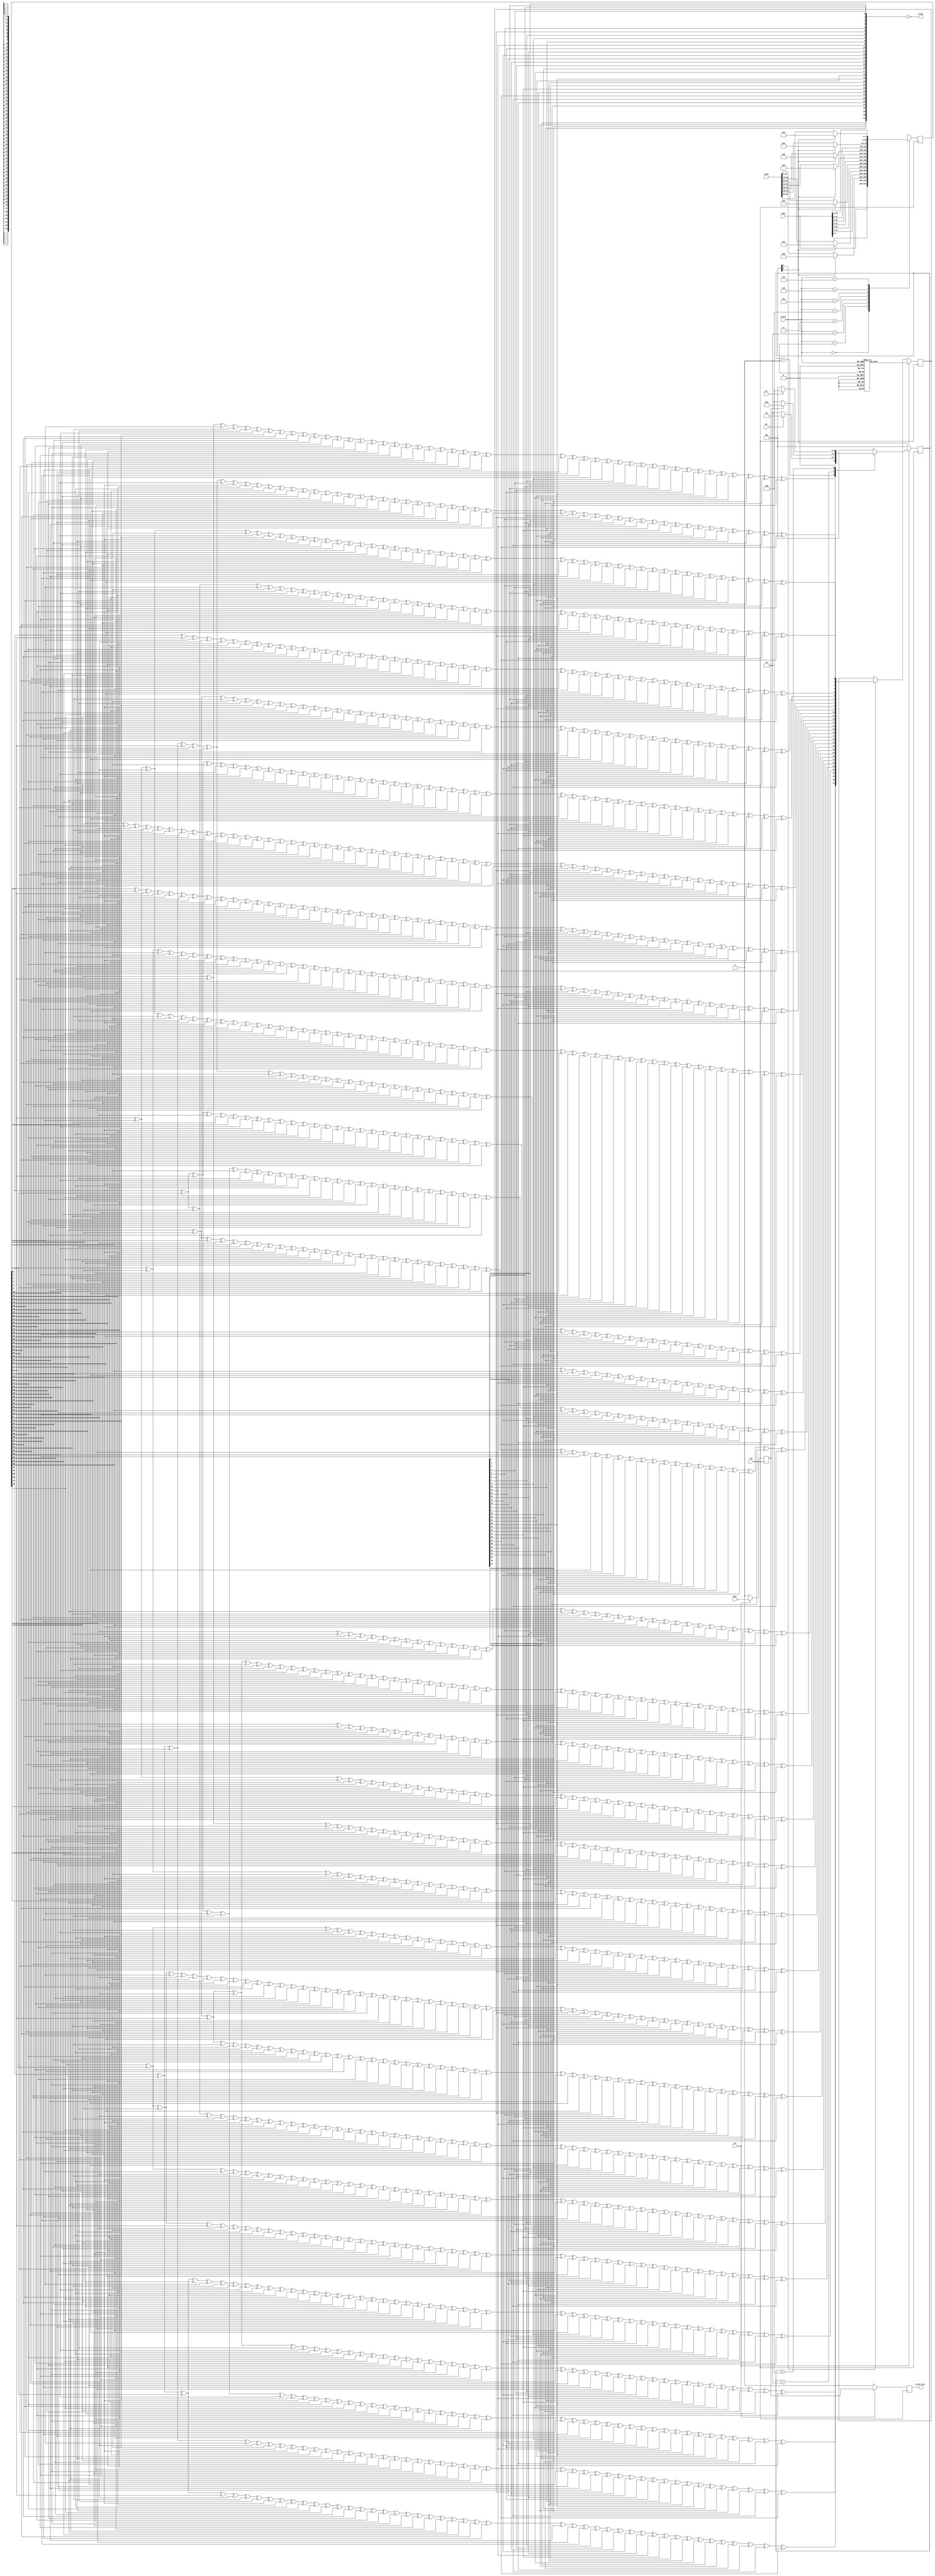
//****************************************************************
// December 6, 2022
//
// Licensed to the Apache Software Foundation (ASF) under one
// or more contributor license agreements.  See the NOTICE file
// distributed with this work for additional information
// regarding copyright ownership.  The ASF licenses this file
// to you under the Apache License, Version 2.0 (the
// "License"); you may not use this file except in compliance
// with the License.  You may obtain a copy of the License at
//
//   http://www.apache.org/licenses/LICENSE-2.0
//
// Unless required by applicable law or agreed to in writing,
// software distributed under the License is distributed on an
// "AS IS" BASIS, WITHOUT WARRANTIES OR CONDITIONS OF ANY
// KIND, either express or implied.  See the License for the
// specific language governing permissions and limitations
// under the License.
//
// Date: N/A
// Project: LMAC 3
// Comments: N/A
//
//********************************
// File history:
//   N/A
//****************************************************************

// synopsys translate_off
`timescale 1ns/1ps
// synopsys translate_on

module tx_mac10g_crc32x64(
   	clk,
   	rst_,
   	
   	clr_,
   	bytes,
   	we_,
   	last_,
   	cdin,
   	pdin,
   	
   	crc32,
   	crc32_vld_
    );
   
    input clk;
    input rst_;
    input clr_;
    input [63:0] cdin;
    input [63:0] pdin;
    input [02:0] bytes;
    input we_;
    input last_;
    output [31:0] crc32;
    output crc32_vld_;
    reg    crc32_vld_;
    reg    [31:0] new_crc;
    wire [63:0] din_int;
    //reg we_int_;
    reg last_int_;
    reg [31:0] init_value;
    reg [63:0] bdin;


    parameter[02:0] 
        IDLE	= 3'h1 ,
        CALC  	= 3'h2 ,
        WAIT1 	= 3'h4 ;
    reg [02:0] state;

    /*
    `define IDLE   1
    `define CALC   2
    `define WAIT1  4
    */
    
    assign din_int[63:0] = {
        bdin[ 0], bdin[ 1], bdin[ 2], bdin[ 3], bdin[ 4], bdin[ 5], bdin[ 6], bdin[ 7],
        bdin[ 8], bdin[ 9], bdin[10], bdin[11], bdin[12], bdin[13], bdin[14], bdin[15], 
        bdin[16], bdin[17], bdin[18], bdin[19], bdin[20], bdin[21], bdin[22], bdin[23],
        bdin[24], bdin[25], bdin[26], bdin[27], bdin[28], bdin[29], bdin[30], bdin[31], 
        bdin[32], bdin[33], bdin[34], bdin[35], bdin[36], bdin[37], bdin[38], bdin[39], 
        bdin[40], bdin[41], bdin[42], bdin[43], bdin[44], bdin[45], bdin[46], bdin[47], 
        bdin[48], bdin[49], bdin[50], bdin[51], bdin[52], bdin[53], bdin[54], bdin[55],
        bdin[56], bdin[57], bdin[58], bdin[59], bdin[60], bdin[61], bdin[62], bdin[63] };
    
    assign crc32 = ~{new_crc[24],new_crc[25],new_crc[26],new_crc[27],new_crc[28],new_crc[29],new_crc[30],new_crc[31],new_crc[16],new_crc[17],new_crc[18],new_crc[19],new_crc[20],new_crc[21],new_crc[22],new_crc[23],new_crc[8],new_crc[9],new_crc[10],new_crc[11],new_crc[12],new_crc[13],new_crc[14],new_crc[15],new_crc[0],new_crc[1],new_crc[2],new_crc[3],new_crc[4],new_crc[5],new_crc[6],new_crc[7]};
    
    always@(bytes) begin
        case(bytes)
            0: init_value = 32'hffffffff;
            1: init_value = 32'h955a6162;
            2: init_value = 32'h68b932f5;
            3: init_value = 32'h339fde2f;
            4: init_value = 32'h46af6449;
            5: init_value = 32'h816474c5;
            6: init_value = 32'h09b93859;
            7: init_value = 32'h9bf1a90f;
        endcase
    end

    always@(posedge clk) begin
        //crc32     <=   crc32_wire;
        new_crc   <=   state[0] ? init_value : (state[1] ? nextCRC32_D64(din_int,new_crc) : new_crc);
        case(bytes)
        0: bdin <=   cdin;
        1: bdin <=   state[0] ? {cdin[7:0], 56'h0} : {cdin[7:0], pdin[63:8]};
        2: bdin <=   state[0] ? {cdin[15:0], 48'h0} : {cdin[15:0], pdin[63:16]};
        3: bdin <=   state[0] ? {cdin[23:0], 40'h0} : {cdin[23:0], pdin[63:24]};
        4: bdin <=   state[0] ? {cdin[31:0], 32'h0} : {cdin[31:0], pdin[63:32]};
        5: bdin <=   state[0] ? {cdin[39:0], 24'h0} : {cdin[39:0], pdin[63:40]};
        6: bdin <=   state[0] ? {cdin[47:0], 16'h0} : {cdin[47:0], pdin[63:48]};
        7: bdin <=   state[0] ? {cdin[55:0], 8'h0}  : {cdin[55:0], pdin[63:56]};
        endcase
    end
    
    always@(posedge clk)
        if(!rst_) begin
            state   <=   IDLE;
            //new_crc <=   ~0; 
            //we_int_ <=   1;
            crc32_vld_<=   1;
            last_int_ <=   1;
        end
        else begin
            //we_int_  <=   we_;
            last_int_ <=   last_;
            crc32_vld_<=   last_int_;
            
            case(state)
            IDLE: 
            begin
                state   <=   we_ ? IDLE : CALC;
            end
            CALC:
            begin
                state   <=   last_int_ ? CALC : WAIT1;
            end
            WAIT1:
            begin
                state   <=   clr_ ? WAIT1 : IDLE;
            end
            default:
            begin
                state <=   IDLE;
            end
            endcase
        end

    function [31:0] nextCRC32_D64;
    
        input [63:0] Data;
        input [31:0] CRC;
    
        reg [63:0] D;
        reg [31:0] C;
        reg [31:0] NewCRC;
    
    begin
    
        D = Data;
        C = CRC;
    
        NewCRC[0] = D[63] ^ D[61] ^ D[60] ^ D[58] ^ D[55] ^ D[54] ^ D[53] ^ 
                    D[50] ^ D[48] ^ D[47] ^ D[45] ^ D[44] ^ D[37] ^ D[34] ^ 
                    D[32] ^ D[31] ^ D[30] ^ D[29] ^ D[28] ^ D[26] ^ D[25] ^ 
                    D[24] ^ D[16] ^ D[12] ^ D[10] ^ D[9] ^ D[6] ^ D[0] ^ 
                    C[0] ^ C[2] ^ C[5] ^ C[12] ^ C[13] ^ C[15] ^ C[16] ^ 
                    C[18] ^ C[21] ^ C[22] ^ C[23] ^ C[26] ^ C[28] ^ C[29] ^ 
                    C[31];
        NewCRC[1] = D[63] ^ D[62] ^ D[60] ^ D[59] ^ D[58] ^ D[56] ^ D[53] ^ 
                    D[51] ^ D[50] ^ D[49] ^ D[47] ^ D[46] ^ D[44] ^ D[38] ^ 
                    D[37] ^ D[35] ^ D[34] ^ D[33] ^ D[28] ^ D[27] ^ D[24] ^ 
                    D[17] ^ D[16] ^ D[13] ^ D[12] ^ D[11] ^ D[9] ^ D[7] ^ 
                    D[6] ^ D[1] ^ D[0] ^ C[1] ^ C[2] ^ C[3] ^ C[5] ^ C[6] ^ 
                    C[12] ^ C[14] ^ C[15] ^ C[17] ^ C[18] ^ C[19] ^ C[21] ^ 
                    C[24] ^ C[26] ^ C[27] ^ C[28] ^ C[30] ^ C[31];
        NewCRC[2] = D[59] ^ D[58] ^ D[57] ^ D[55] ^ D[53] ^ D[52] ^ D[51] ^ 
                    D[44] ^ D[39] ^ D[38] ^ D[37] ^ D[36] ^ D[35] ^ D[32] ^ 
                    D[31] ^ D[30] ^ D[26] ^ D[24] ^ D[18] ^ D[17] ^ D[16] ^ 
                    D[14] ^ D[13] ^ D[9] ^ D[8] ^ D[7] ^ D[6] ^ D[2] ^ 
                    D[1] ^ D[0] ^ C[0] ^ C[3] ^ C[4] ^ C[5] ^ C[6] ^ C[7] ^ 
                    C[12] ^ C[19] ^ C[20] ^ C[21] ^ C[23] ^ C[25] ^ C[26] ^ 
                    C[27];
        NewCRC[3] = D[60] ^ D[59] ^ D[58] ^ D[56] ^ D[54] ^ D[53] ^ D[52] ^ 
                    D[45] ^ D[40] ^ D[39] ^ D[38] ^ D[37] ^ D[36] ^ D[33] ^ 
                    D[32] ^ D[31] ^ D[27] ^ D[25] ^ D[19] ^ D[18] ^ D[17] ^ 
                    D[15] ^ D[14] ^ D[10] ^ D[9] ^ D[8] ^ D[7] ^ D[3] ^ 
                    D[2] ^ D[1] ^ C[0] ^ C[1] ^ C[4] ^ C[5] ^ C[6] ^ C[7] ^ 
                    C[8] ^ C[13] ^ C[20] ^ C[21] ^ C[22] ^ C[24] ^ C[26] ^ 
                    C[27] ^ C[28];
        NewCRC[4] = D[63] ^ D[59] ^ D[58] ^ D[57] ^ D[50] ^ D[48] ^ D[47] ^ 
                    D[46] ^ D[45] ^ D[44] ^ D[41] ^ D[40] ^ D[39] ^ D[38] ^ 
                    D[33] ^ D[31] ^ D[30] ^ D[29] ^ D[25] ^ D[24] ^ D[20] ^ 
                    D[19] ^ D[18] ^ D[15] ^ D[12] ^ D[11] ^ D[8] ^ D[6] ^ 
                    D[4] ^ D[3] ^ D[2] ^ D[0] ^ C[1] ^ C[6] ^ C[7] ^ C[8] ^ 
                    C[9] ^ C[12] ^ C[13] ^ C[14] ^ C[15] ^ C[16] ^ C[18] ^ 
                    C[25] ^ C[26] ^ C[27] ^ C[31];
        NewCRC[5] = D[63] ^ D[61] ^ D[59] ^ D[55] ^ D[54] ^ D[53] ^ D[51] ^ 
                    D[50] ^ D[49] ^ D[46] ^ D[44] ^ D[42] ^ D[41] ^ D[40] ^ 
                    D[39] ^ D[37] ^ D[29] ^ D[28] ^ D[24] ^ D[21] ^ D[20] ^ 
                    D[19] ^ D[13] ^ D[10] ^ D[7] ^ D[6] ^ D[5] ^ D[4] ^ 
                    D[3] ^ D[1] ^ D[0] ^ C[5] ^ C[7] ^ C[8] ^ C[9] ^ C[10] ^ 
                    C[12] ^ C[14] ^ C[17] ^ C[18] ^ C[19] ^ C[21] ^ C[22] ^ 
                    C[23] ^ C[27] ^ C[29] ^ C[31];
        NewCRC[6] = D[62] ^ D[60] ^ D[56] ^ D[55] ^ D[54] ^ D[52] ^ D[51] ^ 
                    D[50] ^ D[47] ^ D[45] ^ D[43] ^ D[42] ^ D[41] ^ D[40] ^ 
                    D[38] ^ D[30] ^ D[29] ^ D[25] ^ D[22] ^ D[21] ^ D[20] ^ 
                    D[14] ^ D[11] ^ D[8] ^ D[7] ^ D[6] ^ D[5] ^ D[4] ^ 
                    D[2] ^ D[1] ^ C[6] ^ C[8] ^ C[9] ^ C[10] ^ C[11] ^ 
                    C[13] ^ C[15] ^ C[18] ^ C[19] ^ C[20] ^ C[22] ^ C[23] ^ 
                    C[24] ^ C[28] ^ C[30];
        NewCRC[7] = D[60] ^ D[58] ^ D[57] ^ D[56] ^ D[54] ^ D[52] ^ D[51] ^ 
                    D[50] ^ D[47] ^ D[46] ^ D[45] ^ D[43] ^ D[42] ^ D[41] ^ 
                    D[39] ^ D[37] ^ D[34] ^ D[32] ^ D[29] ^ D[28] ^ D[25] ^ 
                    D[24] ^ D[23] ^ D[22] ^ D[21] ^ D[16] ^ D[15] ^ D[10] ^ 
                    D[8] ^ D[7] ^ D[5] ^ D[3] ^ D[2] ^ D[0] ^ C[0] ^ C[2] ^ 
                    C[5] ^ C[7] ^ C[9] ^ C[10] ^ C[11] ^ C[13] ^ C[14] ^ 
                    C[15] ^ C[18] ^ C[19] ^ C[20] ^ C[22] ^ C[24] ^ C[25] ^ 
                    C[26] ^ C[28];
        NewCRC[8] = D[63] ^ D[60] ^ D[59] ^ D[57] ^ D[54] ^ D[52] ^ D[51] ^ 
                    D[50] ^ D[46] ^ D[45] ^ D[43] ^ D[42] ^ D[40] ^ D[38] ^ 
                    D[37] ^ D[35] ^ D[34] ^ D[33] ^ D[32] ^ D[31] ^ D[28] ^ 
                    D[23] ^ D[22] ^ D[17] ^ D[12] ^ D[11] ^ D[10] ^ D[8] ^ 
                    D[4] ^ D[3] ^ D[1] ^ D[0] ^ C[0] ^ C[1] ^ C[2] ^ C[3] ^ 
                    C[5] ^ C[6] ^ C[8] ^ C[10] ^ C[11] ^ C[13] ^ C[14] ^ 
                    C[18] ^ C[19] ^ C[20] ^ C[22] ^ C[25] ^ C[27] ^ C[28] ^ 
                    C[31];
        NewCRC[9] = D[61] ^ D[60] ^ D[58] ^ D[55] ^ D[53] ^ D[52] ^ D[51] ^ 
                    D[47] ^ D[46] ^ D[44] ^ D[43] ^ D[41] ^ D[39] ^ D[38] ^ 
                    D[36] ^ D[35] ^ D[34] ^ D[33] ^ D[32] ^ D[29] ^ D[24] ^ 
                    D[23] ^ D[18] ^ D[13] ^ D[12] ^ D[11] ^ D[9] ^ D[5] ^ 
                    D[4] ^ D[2] ^ D[1] ^ C[0] ^ C[1] ^ C[2] ^ C[3] ^ C[4] ^ 
                    C[6] ^ C[7] ^ C[9] ^ C[11] ^ C[12] ^ C[14] ^ C[15] ^ 
                    C[19] ^ C[20] ^ C[21] ^ C[23] ^ C[26] ^ C[28] ^ C[29];
        NewCRC[10] = D[63] ^ D[62] ^ D[60] ^ D[59] ^ D[58] ^ D[56] ^ D[55] ^ 
                    D[52] ^ D[50] ^ D[42] ^ D[40] ^ D[39] ^ D[36] ^ D[35] ^ 
                    D[33] ^ D[32] ^ D[31] ^ D[29] ^ D[28] ^ D[26] ^ D[19] ^ 
                    D[16] ^ D[14] ^ D[13] ^ D[9] ^ D[5] ^ D[3] ^ D[2] ^ 
                    D[0] ^ C[0] ^ C[1] ^ C[3] ^ C[4] ^ C[7] ^ C[8] ^ C[10] ^ 
                    C[18] ^ C[20] ^ C[23] ^ C[24] ^ C[26] ^ C[27] ^ C[28] ^ 
                    C[30] ^ C[31];
        NewCRC[11] = D[59] ^ D[58] ^ D[57] ^ D[56] ^ D[55] ^ D[54] ^ D[51] ^ 
                    D[50] ^ D[48] ^ D[47] ^ D[45] ^ D[44] ^ D[43] ^ D[41] ^ 
                    D[40] ^ D[36] ^ D[33] ^ D[31] ^ D[28] ^ D[27] ^ D[26] ^ 
                    D[25] ^ D[24] ^ D[20] ^ D[17] ^ D[16] ^ D[15] ^ D[14] ^ 
                    D[12] ^ D[9] ^ D[4] ^ D[3] ^ D[1] ^ D[0] ^ C[1] ^ C[4] ^ 
                    C[8] ^ C[9] ^ C[11] ^ C[12] ^ C[13] ^ C[15] ^ C[16] ^ 
                    C[18] ^ C[19] ^ C[22] ^ C[23] ^ C[24] ^ C[25] ^ C[26] ^ 
                    C[27];
        NewCRC[12] = D[63] ^ D[61] ^ D[59] ^ D[57] ^ D[56] ^ D[54] ^ D[53] ^ 
                    D[52] ^ D[51] ^ D[50] ^ D[49] ^ D[47] ^ D[46] ^ D[42] ^ 
                    D[41] ^ D[31] ^ D[30] ^ D[27] ^ D[24] ^ D[21] ^ D[18] ^ 
                    D[17] ^ D[15] ^ D[13] ^ D[12] ^ D[9] ^ D[6] ^ D[5] ^ 
                    D[4] ^ D[2] ^ D[1] ^ D[0] ^ C[9] ^ C[10] ^ C[14] ^ 
                    C[15] ^ C[17] ^ C[18] ^ C[19] ^ C[20] ^ C[21] ^ C[22] ^ 
                    C[24] ^ C[25] ^ C[27] ^ C[29] ^ C[31];
        NewCRC[13] = D[62] ^ D[60] ^ D[58] ^ D[57] ^ D[55] ^ D[54] ^ D[53] ^ 
                    D[52] ^ D[51] ^ D[50] ^ D[48] ^ D[47] ^ D[43] ^ D[42] ^ 
                    D[32] ^ D[31] ^ D[28] ^ D[25] ^ D[22] ^ D[19] ^ D[18] ^ 
                    D[16] ^ D[14] ^ D[13] ^ D[10] ^ D[7] ^ D[6] ^ D[5] ^ 
                    D[3] ^ D[2] ^ D[1] ^ C[0] ^ C[10] ^ C[11] ^ C[15] ^ 
                    C[16] ^ C[18] ^ C[19] ^ C[20] ^ C[21] ^ C[22] ^ C[23] ^ 
                    C[25] ^ C[26] ^ C[28] ^ C[30];
        NewCRC[14] = D[63] ^ D[61] ^ D[59] ^ D[58] ^ D[56] ^ D[55] ^ D[54] ^ 
                    D[53] ^ D[52] ^ D[51] ^ D[49] ^ D[48] ^ D[44] ^ D[43] ^ 
                    D[33] ^ D[32] ^ D[29] ^ D[26] ^ D[23] ^ D[20] ^ D[19] ^ 
                    D[17] ^ D[15] ^ D[14] ^ D[11] ^ D[8] ^ D[7] ^ D[6] ^ 
                    D[4] ^ D[3] ^ D[2] ^ C[0] ^ C[1] ^ C[11] ^ C[12] ^ 
                    C[16] ^ C[17] ^ C[19] ^ C[20] ^ C[21] ^ C[22] ^ C[23] ^ 
                    C[24] ^ C[26] ^ C[27] ^ C[29] ^ C[31];
        NewCRC[15] = D[62] ^ D[60] ^ D[59] ^ D[57] ^ D[56] ^ D[55] ^ D[54] ^ 
                    D[53] ^ D[52] ^ D[50] ^ D[49] ^ D[45] ^ D[44] ^ D[34] ^ 
                    D[33] ^ D[30] ^ D[27] ^ D[24] ^ D[21] ^ D[20] ^ D[18] ^ 
                    D[16] ^ D[15] ^ D[12] ^ D[9] ^ D[8] ^ D[7] ^ D[5] ^ 
                    D[4] ^ D[3] ^ C[1] ^ C[2] ^ C[12] ^ C[13] ^ C[17] ^ 
                    C[18] ^ C[20] ^ C[21] ^ C[22] ^ C[23] ^ C[24] ^ C[25] ^ 
                    C[27] ^ C[28] ^ C[30];
        NewCRC[16] = D[57] ^ D[56] ^ D[51] ^ D[48] ^ D[47] ^ D[46] ^ D[44] ^ 
                    D[37] ^ D[35] ^ D[32] ^ D[30] ^ D[29] ^ D[26] ^ D[24] ^ 
                    D[22] ^ D[21] ^ D[19] ^ D[17] ^ D[13] ^ D[12] ^ D[8] ^ 
                    D[5] ^ D[4] ^ D[0] ^ C[0] ^ C[3] ^ C[5] ^ C[12] ^ C[14] ^ 
                    C[15] ^ C[16] ^ C[19] ^ C[24] ^ C[25];
        NewCRC[17] = D[58] ^ D[57] ^ D[52] ^ D[49] ^ D[48] ^ D[47] ^ D[45] ^ 
                    D[38] ^ D[36] ^ D[33] ^ D[31] ^ D[30] ^ D[27] ^ D[25] ^ 
                    D[23] ^ D[22] ^ D[20] ^ D[18] ^ D[14] ^ D[13] ^ D[9] ^ 
                    D[6] ^ D[5] ^ D[1] ^ C[1] ^ C[4] ^ C[6] ^ C[13] ^ C[15] ^ 
                    C[16] ^ C[17] ^ C[20] ^ C[25] ^ C[26];
        NewCRC[18] = D[59] ^ D[58] ^ D[53] ^ D[50] ^ D[49] ^ D[48] ^ D[46] ^ 
                    D[39] ^ D[37] ^ D[34] ^ D[32] ^ D[31] ^ D[28] ^ D[26] ^ 
                    D[24] ^ D[23] ^ D[21] ^ D[19] ^ D[15] ^ D[14] ^ D[10] ^ 
                    D[7] ^ D[6] ^ D[2] ^ C[0] ^ C[2] ^ C[5] ^ C[7] ^ C[14] ^ 
                    C[16] ^ C[17] ^ C[18] ^ C[21] ^ C[26] ^ C[27];
        NewCRC[19] = D[60] ^ D[59] ^ D[54] ^ D[51] ^ D[50] ^ D[49] ^ D[47] ^ 
                    D[40] ^ D[38] ^ D[35] ^ D[33] ^ D[32] ^ D[29] ^ D[27] ^ 
                    D[25] ^ D[24] ^ D[22] ^ D[20] ^ D[16] ^ D[15] ^ D[11] ^ 
                    D[8] ^ D[7] ^ D[3] ^ C[0] ^ C[1] ^ C[3] ^ C[6] ^ C[8] ^ 
                    C[15] ^ C[17] ^ C[18] ^ C[19] ^ C[22] ^ C[27] ^ C[28];
        NewCRC[20] = D[61] ^ D[60] ^ D[55] ^ D[52] ^ D[51] ^ D[50] ^ D[48] ^ 
                    D[41] ^ D[39] ^ D[36] ^ D[34] ^ D[33] ^ D[30] ^ D[28] ^ 
                    D[26] ^ D[25] ^ D[23] ^ D[21] ^ D[17] ^ D[16] ^ D[12] ^ 
                    D[9] ^ D[8] ^ D[4] ^ C[1] ^ C[2] ^ C[4] ^ C[7] ^ C[9] ^ 
                    C[16] ^ C[18] ^ C[19] ^ C[20] ^ C[23] ^ C[28] ^ C[29];
        NewCRC[21] = D[62] ^ D[61] ^ D[56] ^ D[53] ^ D[52] ^ D[51] ^ D[49] ^ 
                    D[42] ^ D[40] ^ D[37] ^ D[35] ^ D[34] ^ D[31] ^ D[29] ^ 
                    D[27] ^ D[26] ^ D[24] ^ D[22] ^ D[18] ^ D[17] ^ D[13] ^ 
                    D[10] ^ D[9] ^ D[5] ^ C[2] ^ C[3] ^ C[5] ^ C[8] ^ C[10] ^ 
                    C[17] ^ C[19] ^ C[20] ^ C[21] ^ C[24] ^ C[29] ^ C[30];
        NewCRC[22] = D[62] ^ D[61] ^ D[60] ^ D[58] ^ D[57] ^ D[55] ^ D[52] ^ 
                    D[48] ^ D[47] ^ D[45] ^ D[44] ^ D[43] ^ D[41] ^ D[38] ^ 
                    D[37] ^ D[36] ^ D[35] ^ D[34] ^ D[31] ^ D[29] ^ D[27] ^ 
                    D[26] ^ D[24] ^ D[23] ^ D[19] ^ D[18] ^ D[16] ^ D[14] ^ 
                    D[12] ^ D[11] ^ D[9] ^ D[0] ^ C[2] ^ C[3] ^ C[4] ^ 
                    C[5] ^ C[6] ^ C[9] ^ C[11] ^ C[12] ^ C[13] ^ C[15] ^ 
                    C[16] ^ C[20] ^ C[23] ^ C[25] ^ C[26] ^ C[28] ^ C[29] ^ 
                    C[30];
        NewCRC[23] = D[62] ^ D[60] ^ D[59] ^ D[56] ^ D[55] ^ D[54] ^ D[50] ^ 
                    D[49] ^ D[47] ^ D[46] ^ D[42] ^ D[39] ^ D[38] ^ D[36] ^ 
                    D[35] ^ D[34] ^ D[31] ^ D[29] ^ D[27] ^ D[26] ^ D[20] ^ 
                    D[19] ^ D[17] ^ D[16] ^ D[15] ^ D[13] ^ D[9] ^ D[6] ^ 
                    D[1] ^ D[0] ^ C[2] ^ C[3] ^ C[4] ^ C[6] ^ C[7] ^ C[10] ^ 
                    C[14] ^ C[15] ^ C[17] ^ C[18] ^ C[22] ^ C[23] ^ C[24] ^ 
                    C[27] ^ C[28] ^ C[30];
        NewCRC[24] = D[63] ^ D[61] ^ D[60] ^ D[57] ^ D[56] ^ D[55] ^ D[51] ^ 
                    D[50] ^ D[48] ^ D[47] ^ D[43] ^ D[40] ^ D[39] ^ D[37] ^ 
                    D[36] ^ D[35] ^ D[32] ^ D[30] ^ D[28] ^ D[27] ^ D[21] ^ 
                    D[20] ^ D[18] ^ D[17] ^ D[16] ^ D[14] ^ D[10] ^ D[7] ^ 
                    D[2] ^ D[1] ^ C[0] ^ C[3] ^ C[4] ^ C[5] ^ C[7] ^ C[8] ^ 
                    C[11] ^ C[15] ^ C[16] ^ C[18] ^ C[19] ^ C[23] ^ C[24] ^ 
                    C[25] ^ C[28] ^ C[29] ^ C[31];
        NewCRC[25] = D[62] ^ D[61] ^ D[58] ^ D[57] ^ D[56] ^ D[52] ^ D[51] ^ 
                    D[49] ^ D[48] ^ D[44] ^ D[41] ^ D[40] ^ D[38] ^ D[37] ^ 
                    D[36] ^ D[33] ^ D[31] ^ D[29] ^ D[28] ^ D[22] ^ D[21] ^ 
                    D[19] ^ D[18] ^ D[17] ^ D[15] ^ D[11] ^ D[8] ^ D[3] ^ 
                    D[2] ^ C[1] ^ C[4] ^ C[5] ^ C[6] ^ C[8] ^ C[9] ^ C[12] ^ 
                    C[16] ^ C[17] ^ C[19] ^ C[20] ^ C[24] ^ C[25] ^ C[26] ^ 
                    C[29] ^ C[30];
        NewCRC[26] = D[62] ^ D[61] ^ D[60] ^ D[59] ^ D[57] ^ D[55] ^ D[54] ^ 
                    D[52] ^ D[49] ^ D[48] ^ D[47] ^ D[44] ^ D[42] ^ D[41] ^ 
                    D[39] ^ D[38] ^ D[31] ^ D[28] ^ D[26] ^ D[25] ^ D[24] ^ 
                    D[23] ^ D[22] ^ D[20] ^ D[19] ^ D[18] ^ D[10] ^ D[6] ^ 
                    D[4] ^ D[3] ^ D[0] ^ C[6] ^ C[7] ^ C[9] ^ C[10] ^ C[12] ^ 
                    C[15] ^ C[16] ^ C[17] ^ C[20] ^ C[22] ^ C[23] ^ C[25] ^ 
                    C[27] ^ C[28] ^ C[29] ^ C[30];
        NewCRC[27] = D[63] ^ D[62] ^ D[61] ^ D[60] ^ D[58] ^ D[56] ^ D[55] ^ 
                    D[53] ^ D[50] ^ D[49] ^ D[48] ^ D[45] ^ D[43] ^ D[42] ^ 
                    D[40] ^ D[39] ^ D[32] ^ D[29] ^ D[27] ^ D[26] ^ D[25] ^ 
                    D[24] ^ D[23] ^ D[21] ^ D[20] ^ D[19] ^ D[11] ^ D[7] ^ 
                    D[5] ^ D[4] ^ D[1] ^ C[0] ^ C[7] ^ C[8] ^ C[10] ^ C[11] ^ 
                    C[13] ^ C[16] ^ C[17] ^ C[18] ^ C[21] ^ C[23] ^ C[24] ^ 
                    C[26] ^ C[28] ^ C[29] ^ C[30] ^ C[31];
        NewCRC[28] = D[63] ^ D[62] ^ D[61] ^ D[59] ^ D[57] ^ D[56] ^ D[54] ^ 
                    D[51] ^ D[50] ^ D[49] ^ D[46] ^ D[44] ^ D[43] ^ D[41] ^ 
                    D[40] ^ D[33] ^ D[30] ^ D[28] ^ D[27] ^ D[26] ^ D[25] ^ 
                    D[24] ^ D[22] ^ D[21] ^ D[20] ^ D[12] ^ D[8] ^ D[6] ^ 
                    D[5] ^ D[2] ^ C[1] ^ C[8] ^ C[9] ^ C[11] ^ C[12] ^ 
                    C[14] ^ C[17] ^ C[18] ^ C[19] ^ C[22] ^ C[24] ^ C[25] ^ 
                    C[27] ^ C[29] ^ C[30] ^ C[31];
        NewCRC[29] = D[63] ^ D[62] ^ D[60] ^ D[58] ^ D[57] ^ D[55] ^ D[52] ^ 
                    D[51] ^ D[50] ^ D[47] ^ D[45] ^ D[44] ^ D[42] ^ D[41] ^ 
                    D[34] ^ D[31] ^ D[29] ^ D[28] ^ D[27] ^ D[26] ^ D[25] ^ 
                    D[23] ^ D[22] ^ D[21] ^ D[13] ^ D[9] ^ D[7] ^ D[6] ^ 
                    D[3] ^ C[2] ^ C[9] ^ C[10] ^ C[12] ^ C[13] ^ C[15] ^ 
                    C[18] ^ C[19] ^ C[20] ^ C[23] ^ C[25] ^ C[26] ^ C[28] ^ 
                    C[30] ^ C[31];
        NewCRC[30] = D[63] ^ D[61] ^ D[59] ^ D[58] ^ D[56] ^ D[53] ^ D[52] ^ 
                    D[51] ^ D[48] ^ D[46] ^ D[45] ^ D[43] ^ D[42] ^ D[35] ^ 
                    D[32] ^ D[30] ^ D[29] ^ D[28] ^ D[27] ^ D[26] ^ D[24] ^ 
                    D[23] ^ D[22] ^ D[14] ^ D[10] ^ D[8] ^ D[7] ^ D[4] ^ 
                    C[0] ^ C[3] ^ C[10] ^ C[11] ^ C[13] ^ C[14] ^ C[16] ^ 
                    C[19] ^ C[20] ^ C[21] ^ C[24] ^ C[26] ^ C[27] ^ C[29] ^ 
                    C[31];
        NewCRC[31] = D[62] ^ D[60] ^ D[59] ^ D[57] ^ D[54] ^ D[53] ^ D[52] ^ 
                    D[49] ^ D[47] ^ D[46] ^ D[44] ^ D[43] ^ D[36] ^ D[33] ^ 
                    D[31] ^ D[30] ^ D[29] ^ D[28] ^ D[27] ^ D[25] ^ D[24] ^ 
                    D[23] ^ D[15] ^ D[11] ^ D[9] ^ D[8] ^ D[5] ^ C[1] ^ 
                    C[4] ^ C[11] ^ C[12] ^ C[14] ^ C[15] ^ C[17] ^ C[20] ^ 
                    C[21] ^ C[22] ^ C[25] ^ C[27] ^ C[28] ^ C[30];
    
        nextCRC32_D64 = NewCRC;
    
    end
    endfunction

endmodule